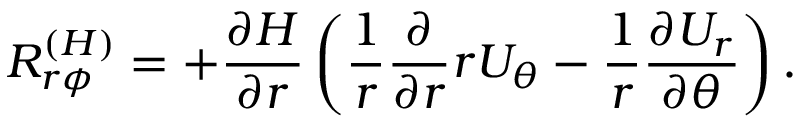
{ \cal { R } } _ { r \phi } ^ { ( { H } ) } = + \frac { \partial H } { \partial r } \left( { \frac { 1 } { r } \frac { \partial } { \partial r } r U _ { \theta } - \frac { 1 } { r } \frac { \partial U _ { r } } { \partial \theta } } \right) .